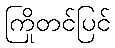
ကြိုတင်ပြင်